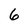
Character: 6